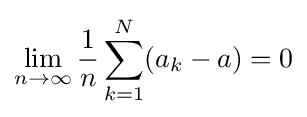
\lim _{n\to \infty }{\frac {1}{n}}\sum _{k=1}^{N}(a_{k}-a)=0